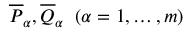
\overline { { { P } } } _ { \alpha } , \overline { { { Q } } } _ { \alpha } \; \; ( \alpha = 1 , \dots , m )